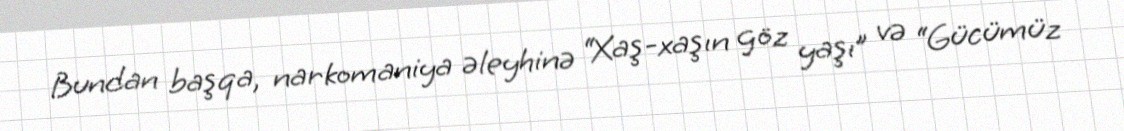
Bundan başqa, narkomaniya əleyhinə “Xaş-xaşın göz yaşı” və “Gücümüz